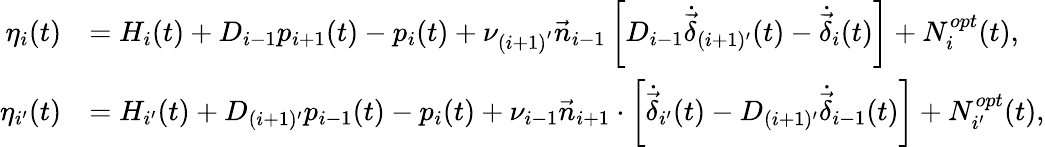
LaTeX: \begin{array}{rl}{{\eta_{i}}(t)}&{={H_{i}}(t)+{{D}_{i-1}}{p_{i+1}}(t)-{p_{i}}(t)+\nu_{(i+1)^{'}}{{\vec{n}}_{i-1}}\left[{{{D}_{i-1}}{{\dot{\vec{\delta}}}_{(i+1)^{\prime}}}(t)-{{\dot{\vec{\delta}}}_{i}}(t)}\right]+N_{i}^{{opt}}(t),}\\ {{\eta_{i^{\prime}}}(t)}&{={H_{i^{\prime}}}(t)+{{D}_{(i+1)^{\prime}}}{p_{i-1}}(t)-{p_{i}}(t)+\nu_{i-1}{{\vec{n}}_{i+1}}\cdot\left[{{{\dot{\vec{\delta}}}_{i^{\prime}}}(t)-{{D}_{(i+1)^{\prime}}}{{\dot{\vec{\delta}}}_{i-1}}(t)}\right]+N_{i^{\prime}}^{{opt}}(t),}\end{array}